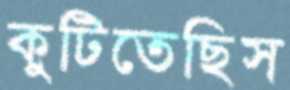
কুটিতেছিস